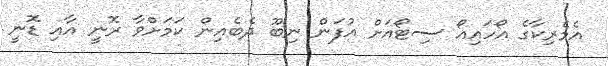
އެމެރިކާގެ އޯހައިއޯ ސިޓޯއަށް އުފަން ނިބޫ ދެބެއިން ކަމަށްވާ ރޮނީ އާއި ޑޮނީ